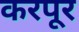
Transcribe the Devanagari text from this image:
करपूर